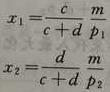
\begin{align*}
x_1&=\frac{c}{c + d}-\frac{m}{p_1}\\
x_2&=\frac{d}{c + d}+\frac{m}{p_2}
\end{align*}